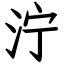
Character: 泞